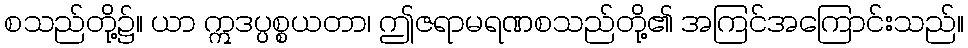
စသည်တို့၌။ ယာ ဣဒပ္ပစ္စယတာ၊ ဤဇရာမရဏစသည်တို့၏ အကြင်အကြောင်းသည်။